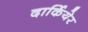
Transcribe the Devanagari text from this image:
दार्कियेर